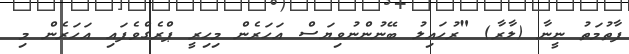
ފާތުމަތު ނީނާ (ލާރާ) "ރުހައިލު ބޭނުންނުވިޔަސް އަހަރެން މިހިރީ ޕްރެގްވެފައި އަހަރެން މި